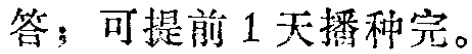
答：可提前1天播种完。